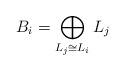
LaTeX: \begin{align*}B_i=\bigoplus_{L_j \cong L_i}L_j\end{align*}